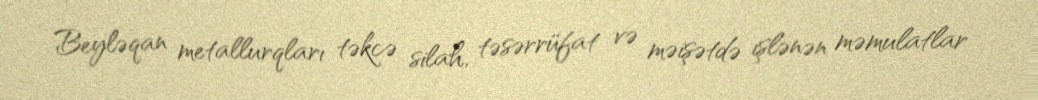
Beyləqan metallurqları təkcə silah, təsərrüfat və məişətdə işlənən məmulatlar